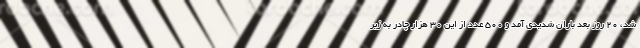
شد، ۲۰ روز بعد باران شدیدی آمد و ۵۰۰ عدد از این ۳۰ هزار چادر به زیر